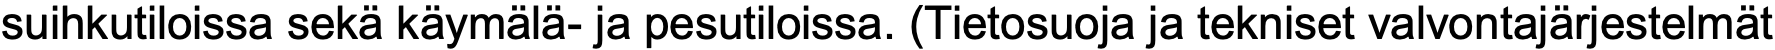
suihkutiloissa sekä käymälä- ja pesutiloissa. (Tietosuoja ja tekniset valvontajärjestelmät